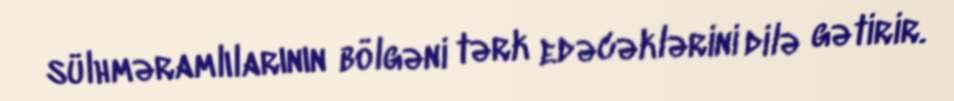
sülhməramlılarının bölgəni tərk edəcəklərini dilə gətirir.